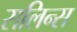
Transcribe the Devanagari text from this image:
सलिन्स